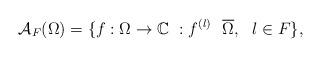
LaTeX: \begin{align*}\mathcal{A}_{F}(\Omega)=\{f:\Omega\rightarrow \mathbb{C} \ : f^{(l)}\ \ \overline{\Omega},\ \ l \in F\},\end{align*}